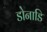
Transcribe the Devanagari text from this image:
डोनाडि